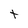
Character: t